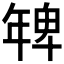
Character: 𭙅